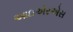
આઇએરએસ